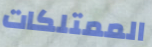
الممتلكات